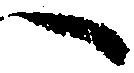
へ